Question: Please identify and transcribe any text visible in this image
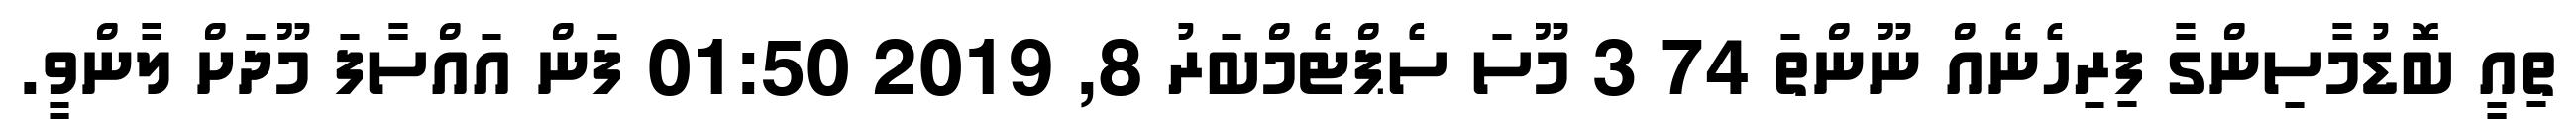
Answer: ތިއީ ބޮޑުމާސިންގާ ފިރިހެނެއް ނޫންތަ 74 3 މޫސަ ސެޕްޓެމްބަރު 8, 2019 01:50 ފަން އައްސާފަ މޫދަށް ލާންވީ.